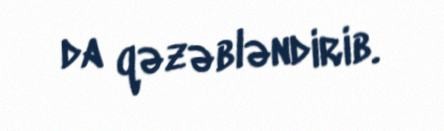
da qəzəbləndirib.